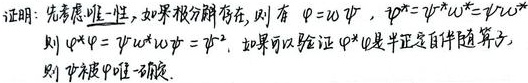
证明：先考虑唯一性，如果极分解存在，则有 \(\varphi = w\psi\)，\(\varphi^{*}=\psi^{*}w^{*}=\psi^{*}w\)，则 \(w^{*}\varphi=\psi^{*}w^{*}w\psi = \psi^{2}\)。如果可以验证 \(\varphi^{*}\varphi\) 是半正定自伴算子，则 \(\psi\) 由 \(\varphi\) 唯一确定。